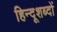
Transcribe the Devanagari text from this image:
हिन्दूशब्दों